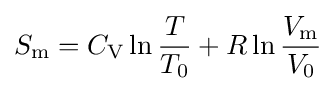
S_{\text{m}}=C_{\text{V}}\ln {\frac {T}{T_{0}}}+R\ln {\frac {V_{\text{m}}}{V_{0}}}